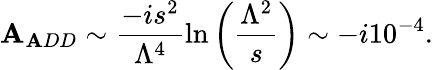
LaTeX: \mathbf{A}_{\mathbf{A}DD}\sim\frac{{-is^{2}}}{{\Lambda^{4}}}\ln\left(\frac{{\Lambda^{2}}}{{s}}\right)\sim-i10^{-4}.